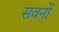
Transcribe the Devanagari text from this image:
सवनों